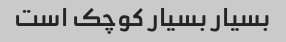
بسیار بسیار کوچک است